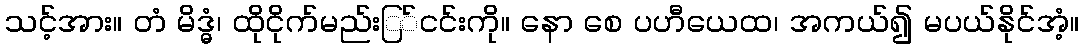
သင့်အား။ တံ မိဒ္ဓံ၊ ထိုငိုက်မည်းြ်ငင်းကို။ နော စေ ပဟီယေထ၊ အကယ်၍ မပယ်နိုင်အံ့။